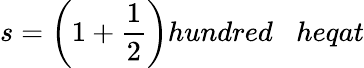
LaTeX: s={\bigg(}1+{\frac{1}{2}}{\bigg)}hundred\; \; \; heqat